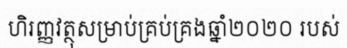
ហិរញ្ញវត្ថុសម្រាប់គ្រប់គ្រងឆ្នាំ២០២០ របស់